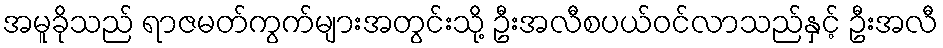
အမူခိုသည် ရာဇမတ်ကွက်များအတွင်းသို့ ဦးအလီစပယ်ဝင်လာသည်နှင့် ဦးအလီ